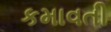
કમાવતી